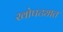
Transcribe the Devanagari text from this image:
खोपट्यात